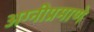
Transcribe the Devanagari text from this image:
अग्नीप्रमाणे